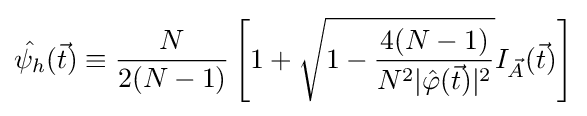
{\hat {\psi _{h}}}({\vec {t}})\equiv {\frac {N}{2(N-1)}}\left[1+{\sqrt {1-{\frac {4(N-1)}{N^{2}|{\hat {\varphi }}({\vec {t}})|^{2}}}}}I_{\vec {A}}({\vec {t}})\right]